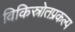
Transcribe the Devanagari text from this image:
विकिस्रोतप्रकल्प